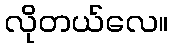
လိုတယ်လေ။